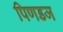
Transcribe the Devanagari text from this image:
पिणडज